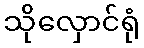
သိုလှောင်ရုံ